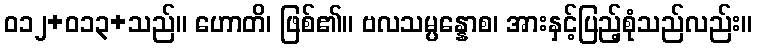
ဝ၁၂+၀၁၃+သည်။ ဟောတိ၊ ဖြစ်၏။ ဗလသမ္ပန္နောစ၊ အားနှင့်ပြည့်စုံသည်လည်း။